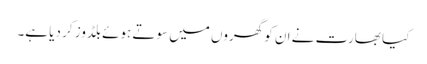
کیا بھارت نے ان کو گھروں میں سوتے ہوئے بلڈوز کر دیا ہے۔